Lunatic asylums Punjab 1868-1880 - 1868-1880
Year: 1868
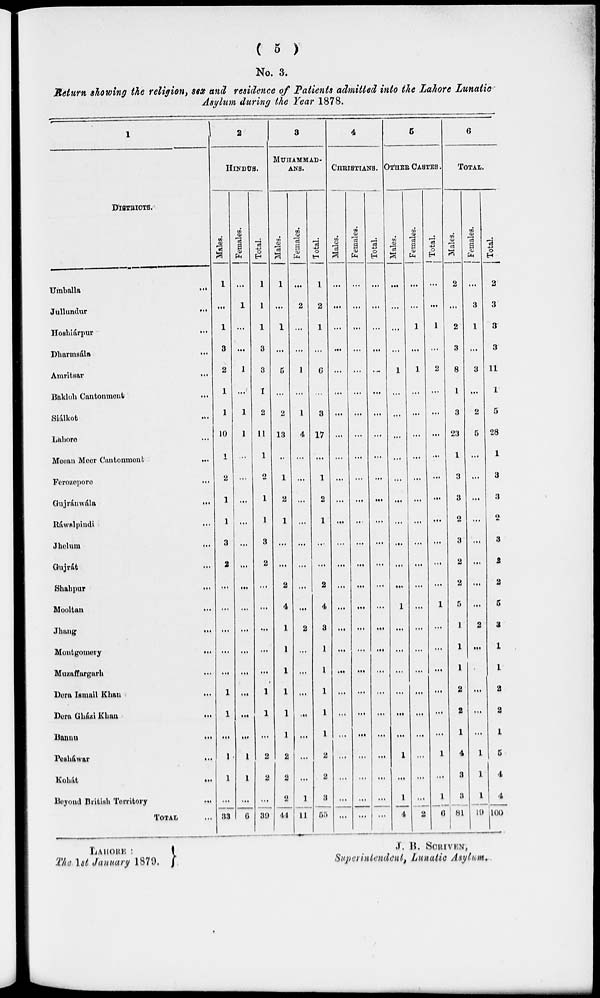
( 5 )
No. 3.
Return showing the religion, sex and residence of Patients admitted into the Lahore lunatic
Asylum during the Year 1878.
1
DISTRICTS.
Umballa
...
Jullundur
...
Hoshiárpur
...
Dharmsála
...
Amritsar
...
Bakloh Cantonment
...
Siálkot
...
Lahore ...
Meean Meer Cantonmonb
...
Forozopore
...
Gujráuwála
...
Ráwalpindi
...
Jhelum
...
Gujrát
...
Shahpur
...
Mooltan
...
Jhang
...
Montgomery
...
Muzaffargarh ...
Bora Ismail
Khan
...
Dora Gházi Khan
...
Bannu
...
Peshawar
...
Kohát
...
Beyond British Territory
...
TOTAL ...
2
HINDUS.
Males
1
...
1
3
2
1
1
10
1
2
1
1
3
2
...
...
...
...
...
1
1
...
1
1
...
33
Femals.
...
1
...
...
1
...
1
1
...
...
...
...
...
...
...
...
...
...
...
...
...
...
1
1
...
6
Total.
1
1
1
3
3
1
2
11
1
2
1
1
3
2
...
...
...
...
...
1
1
...
2
8
...
39
3
MUHAMMAD-
ANS.
Males
1
...
1
...
5
...
2
13
...
1
2
1
...
...
2
4
1
1
1
1
1
1
2
8
2
44
Femals.
...
2
...
...
1
...
1
4
...
...
...
...
...
...
...
...
2
...
...
...
...
...
...
...
1
11
Total.
1
2
1
...
6
...
3
17
...
1
2
1
...
...
2
4
3
1
1
1
1
1
2
2
8
55
4
CHRISTIANS.
Males
...
...
...
...
...
...
...
...
...
...
...
...
...
...
...
...
...
...
...
...
...
...
...
...
...
...
Femals.
...
...
...
...
...
...
...
...
...
...
...
...
...
...
...
...
...
...
...
...
...
...
...
...
...
...
Total.
...
...
...
...
...
...
...
...
...
...
...
...
...
...
...
...
...
...
...
...
...
...
...
...
...
...
5
OTHER CASTES.
Males
...
...
...
...
1
...
...
...
...
...
...
...
...
...
...
1
...
...
...
...
...
...
1
...
1
4
Femals.
...
...
1
...
1
...
...
...
...
...
...
...
...
...
...
...
...
...
...
...
...
...
...
...
...
2
Total.
...
...
1
...
2
...
...
...
...
...
...
...
...
...
...
1
...
...
...
...
...
...
1
...
1
6
6
TOTAL.
Males
2
...
2
3
8
1
3
23
1
3
3
2
3
2
2
5
1
1
1
2
2
1
4
3
3
81
Femals.
...
3
1
...
8
...
2
5
...
...
...
...
...
...
...
...
2
...
...
...
...
1
1
1
19
Total.
2
3
3
3
11
1
5
28
1
3
3
2
3
2
2
5
3
1
1
2
2
1
5
4
4
100
LAHORE :
The 1st January 1879.
J. B. SCRIVEN,
Superintendent, Lunatic Asylum.